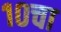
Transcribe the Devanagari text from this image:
१०चा